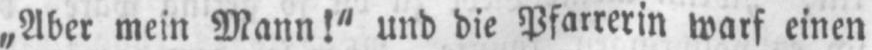
„Aber mein Mann!“ und die Pfarrerin warf einen